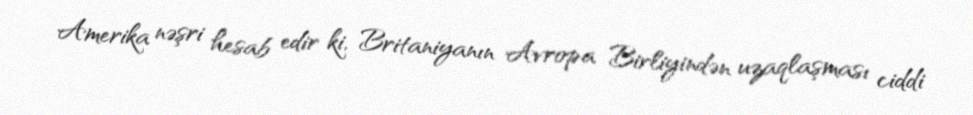
Amerika nəşri hesab edir ki, Britaniyanın Avropa Birliyindən uzaqlaşması ciddi